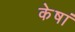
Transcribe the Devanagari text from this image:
केषां